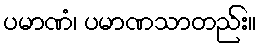
ပမာဏံ၊ ပမာဏသာတည်း။